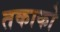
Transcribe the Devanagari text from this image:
तकाको